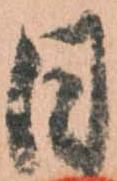
日